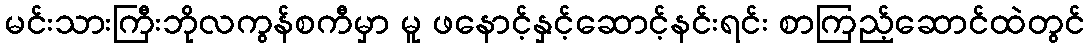
မင်းသားကြီးဘိုလကွန်စကီမှာ မူ ဖနောင့်နှင့်ဆောင့်နင်းရင်း စာကြည့်ဆောင်ထဲတွင်